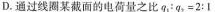
D.通过线圈某截面的电荷量之比$$q_{1} ：q_{2} =2:1$$